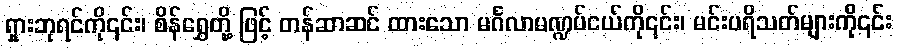
ရှားဘုရင်ကို၎င်း၊ စိန်ရွှေတို့ ဖြင့် တန်ဆာဆင် ထားသော မင်္ဂလာမဏ္ဍပ်ငယ်ကို၎င်း၊ မင်းပရိသတ်များကို၎င်း